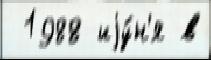
 1988 иjу́н'я в